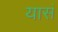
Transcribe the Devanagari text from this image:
यासं